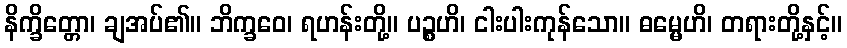
နိက္ခိတ္တော၊ ချအပ်၏။ ဘိက္ခဝေ၊ ရဟန်းတို့။ ပဉ္စဟိ၊ ငါးပါးကုန်သော။ ဓမ္မေဟိ၊ တရားတို့နှင့်။